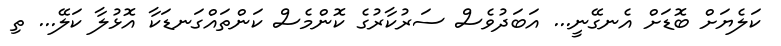
ކަލެޔަށް ބޮޑަށް އެނގޭނީ... އަބަދުވެސް ސަރުކާރުގެ ކޮންމެސް ކަންތައްގަނޑަކާ އޮޅުލާ ކަލޭ... ތި